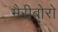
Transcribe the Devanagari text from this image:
मैरीबोरो